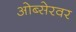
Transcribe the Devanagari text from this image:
ओब्सेरवर